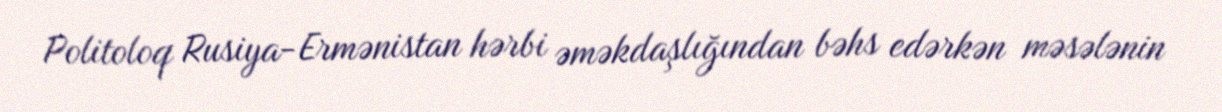
Politoloq Rusiya-Ermənistan hərbi əməkdaşlığından bəhs edərkən məsələnin